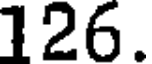
126.